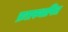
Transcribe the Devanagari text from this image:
प्नःप्रस्थापित